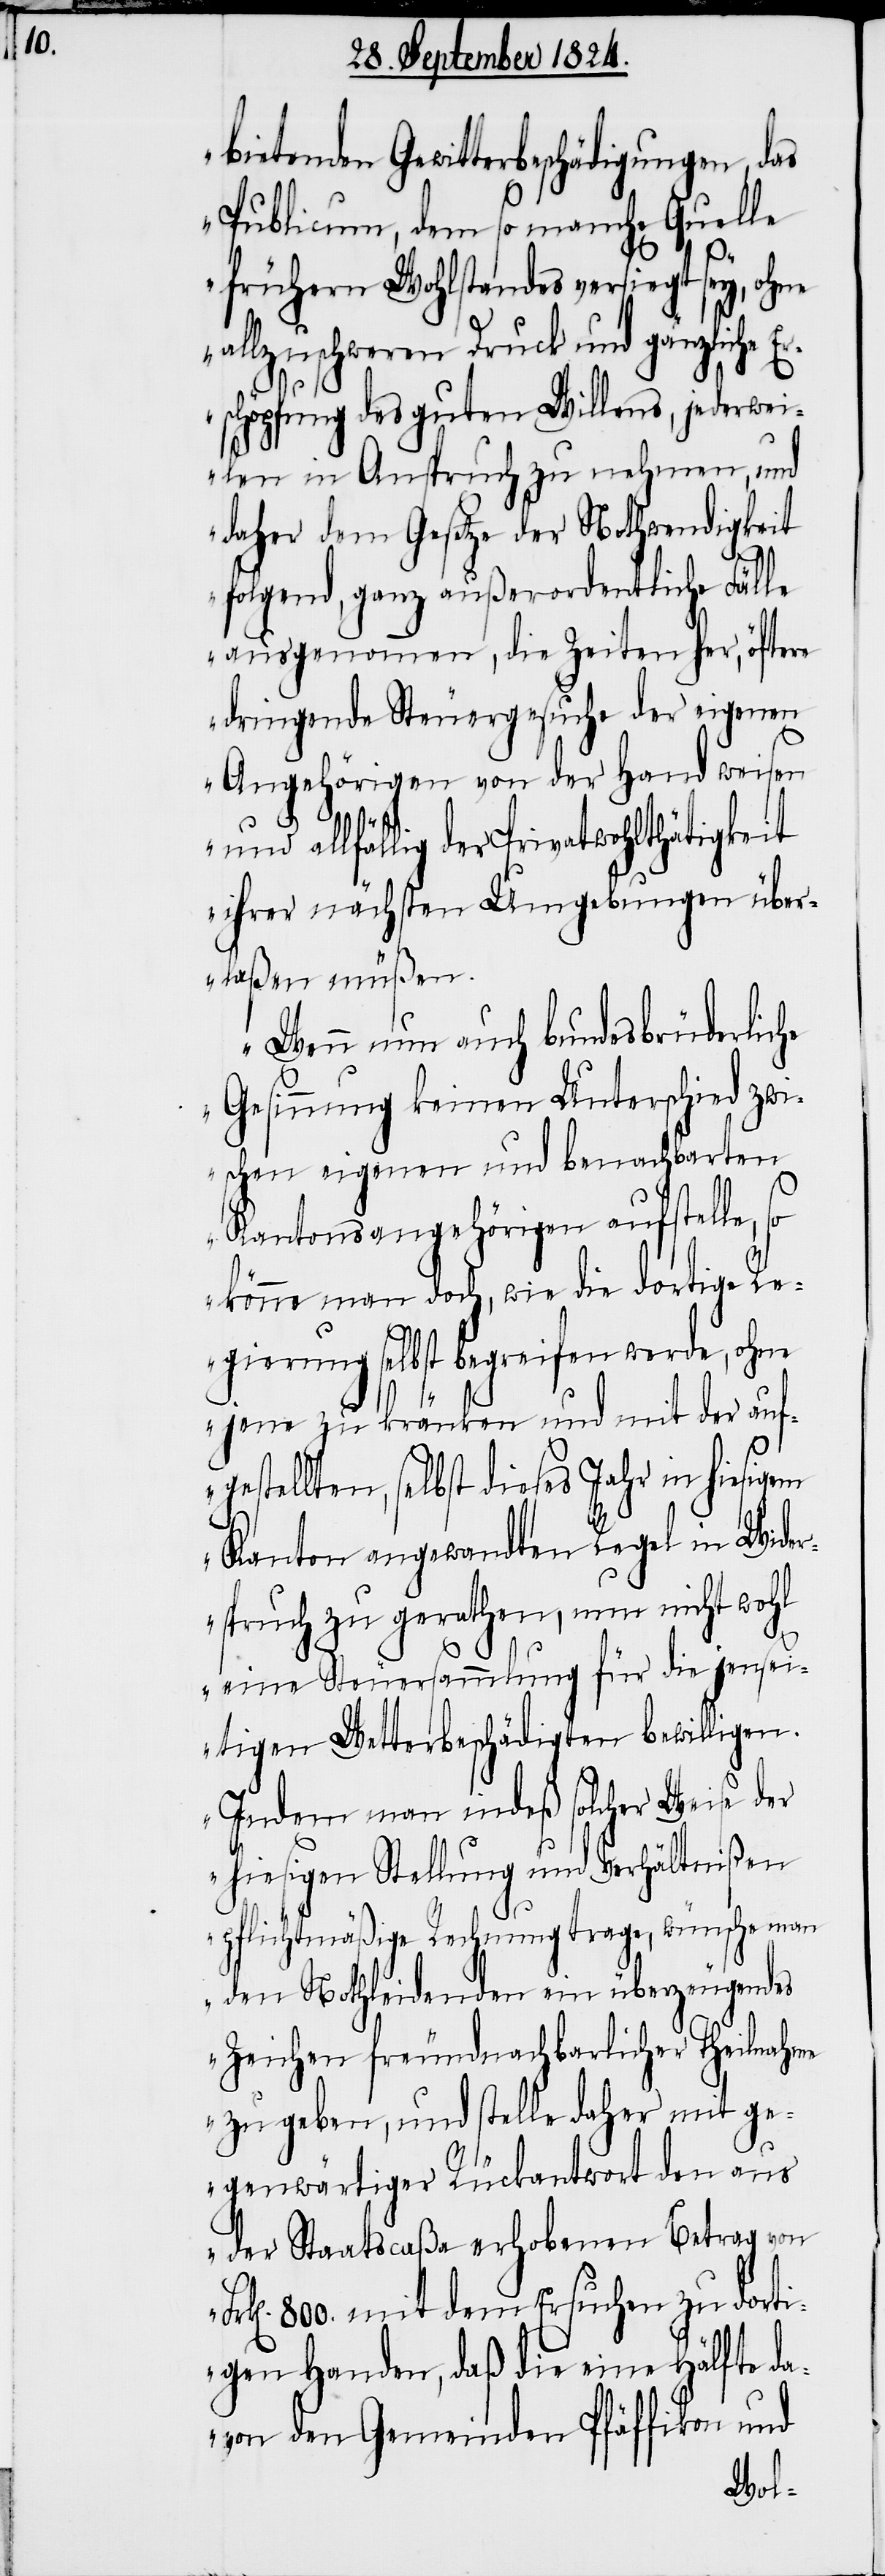
bietenden Gewitterbeschädigungen, das
Publicum, dem so manche Quelle
frühern Wohlstandes versiegt sey, ohne
allzuschweren Druck und gänzliche E¬
rschöpfung des guten Willens, jederwei¬
len in Anspruch zu nehmen, und
daher dem Gesetze der Nothwendigkeit
folgend, ganz außerordentliche Fälle
ausgenommen, die Zeiten her, öftere
dringende Steuergesuche der eigenen
Angehörigen von der Hand weisen
und allfällig der Privatwohlthätigkeit
ihrer nächsten Umgebungen über¬
laßen müßen.
Wenn nun auch bundesbrüderliche
Gesinnung keinen Unterschied zwi¬
schen eigenen und benachbarten
Kantonsangehörigen aufstelle,
könne man doch, wie die dortige Re¬
gierung selbst begreifen werde, ohne
jene zu kränken und mit der auf¬
gestellten, selbst dieses Jahr in hiesigem
Kanton angewandten Regel in Wider¬
spruch zu gerathen, nun nicht wohl
eine Steuersammlung für die jensei¬
tigen Wetterbeschädigten bewilligen.
Indem man indeß solcher Weise der
hiesigen Stellung und Verhältnißen
pflichtmäßige Rechnung trage, wünsche man
den Nothleidenden ein überzeugendes
Zeichen freundnachbarlicher Theilnahme
zu geben, und stelle daher mit ge¬
genwärtiger Rückantwort den aus
der Staatscaßa erhobenen Betrag von
800. mit dem Ersuchen zu dorti¬
gen Handen, daß die eine Hälfte da¬
von den Gemeinden Pfäffikon und